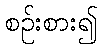
စဉ်းစား၍